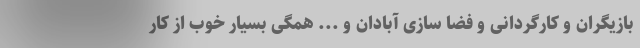
بازیگران و کارگردانی و فضا سازی آبادان و ... همگی بسیار خوب از کار